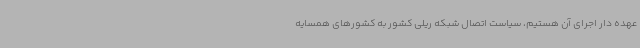
عهده دار اجرای آن هستیم، سیاست اتصال شبکه ریلی کشور به کشورهای همسایه